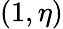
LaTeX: (1,\eta)